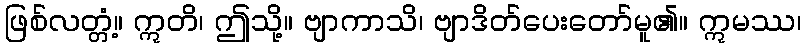
ဖြစ်လတ္တံ့။ ဣတိ၊ ဤသို့။ ဗျာကာသိ၊ ဗျာဒိတ်ပေးတော်မူ၏။ ဣမဿ၊